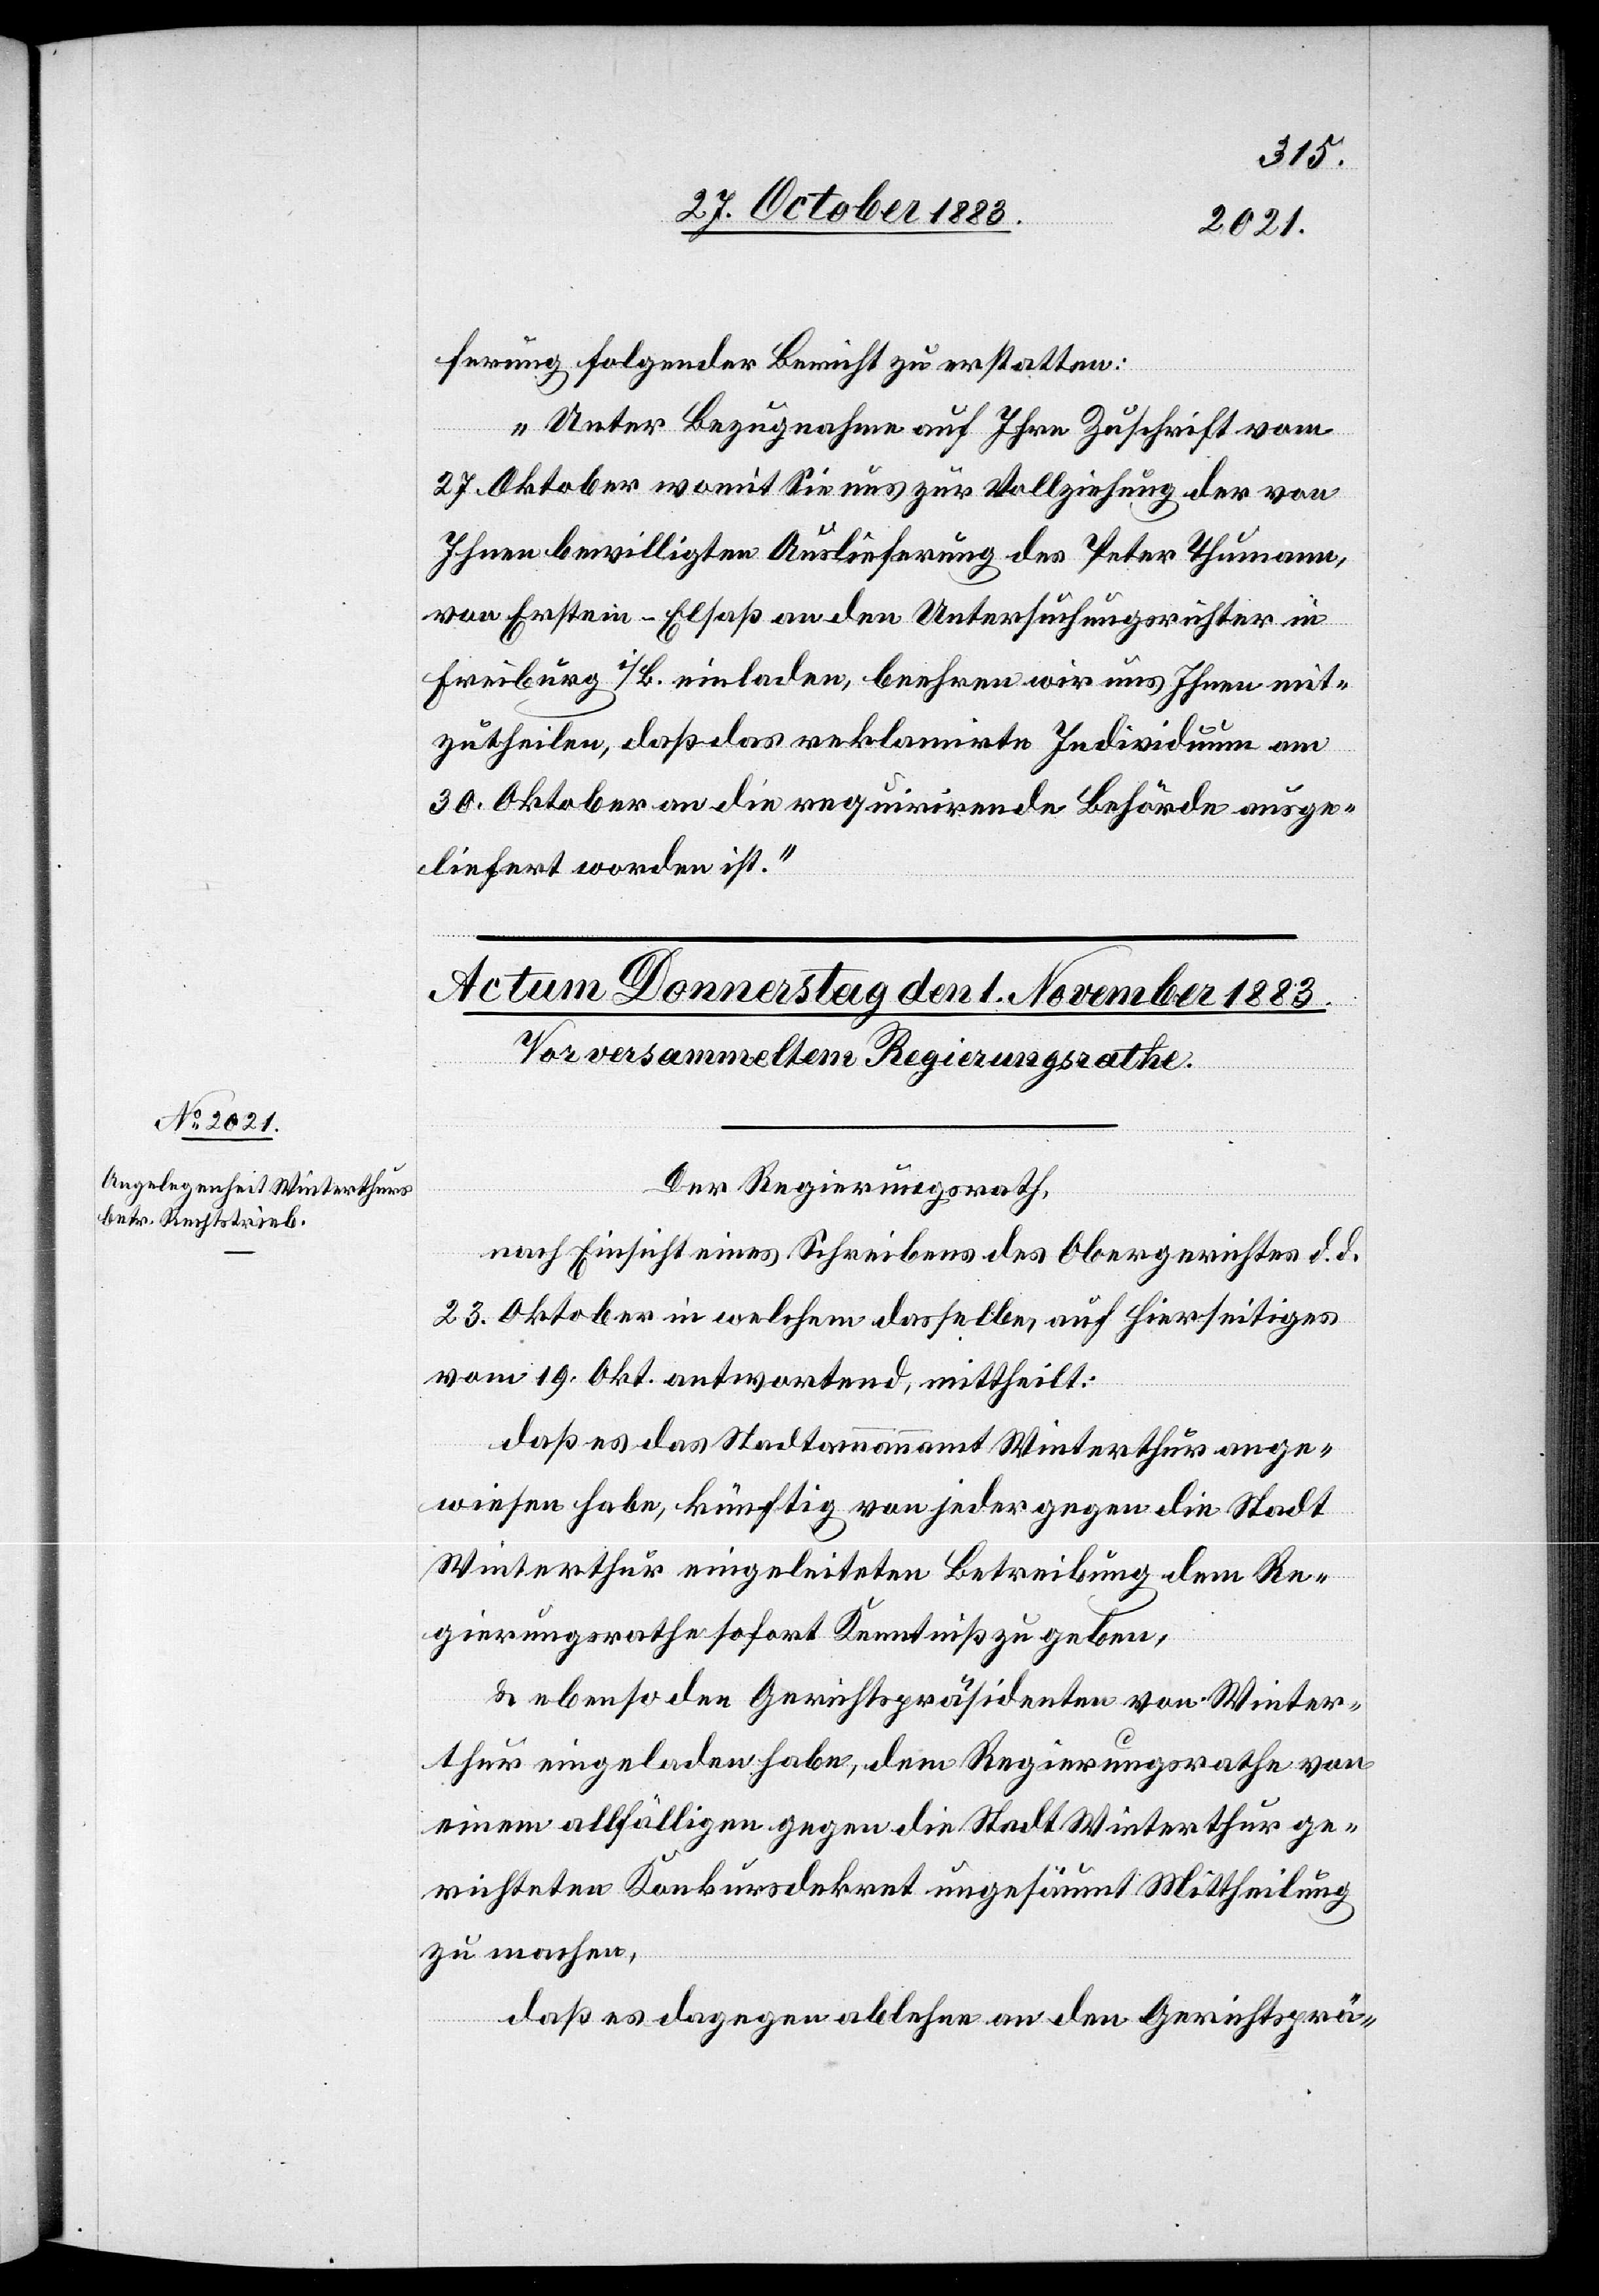
ferung folgender Bericht zu erstatten:
„Unter Bezugnahme auf Ihre Zuschrift vom
27. Oktober womit Sie uns zur Vollziehung der von
Ihnen bewilligten Auslieferung des Peter Thumann,
von Erstein - Elsaß an den Untersuchungsrichter in
Freiburg i/B. einladen, beehren wir uns Ihnen mit¬
zutheilen, daß das reklamirte Individuum am
30. Oktober an die requirirende Behörde ausge¬
liefert worden ist.“
Der Regierungsrath,
nach Einsicht eines Schreibens des Obergerichtes d. d.
23. Oktober in welchem dasselbe, auf hierseitiges
vom 19. Okt. antwortend, mittheilt:
daß es das Stadtammannamt Winterthur ange¬
wiesen habe, künftig von jeder gegen die Stadt
Winterthur eingeleiteten Betreibung dem Re¬
gierungsrathe sofort Kenntniß zu geben,
& ebenso den Gerichtspräsidenten von Winter¬
thur eingeladen habe, dem Regierungsrathe von
einem allfälligen gegen die Stadt Winterthur ge¬
richteten Konkursdekret ungesäumt Mittheilung
zu machen,
daß es dagegen ablehne an den Gerichtsprä-